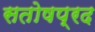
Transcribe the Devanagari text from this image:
सतोषप्रद